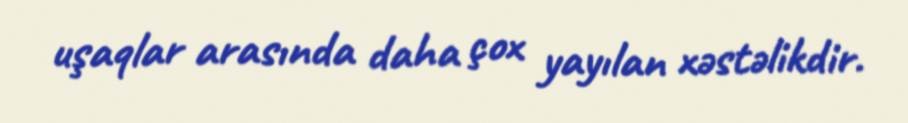
uşaqlar arasında daha çox yayılan xəstəlikdir.